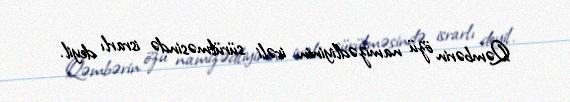
Qəmbərin özü namizədliyinin irəli sürülməsində israrlı deyil.